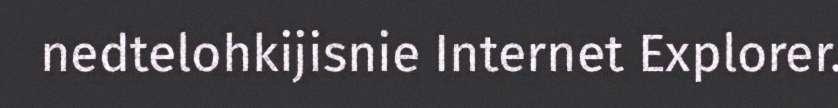
nedtelohkijisnie Internet Explorer.